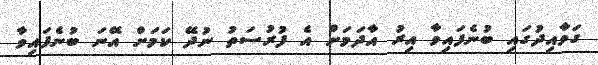
ގަވާއިދުގައި ބުނެފައިވާ އިރު އާދަމަށް އެ ފުރުސަތު ނުދޭ ކަމަށް އޭނަ ބުނެފައިވާ